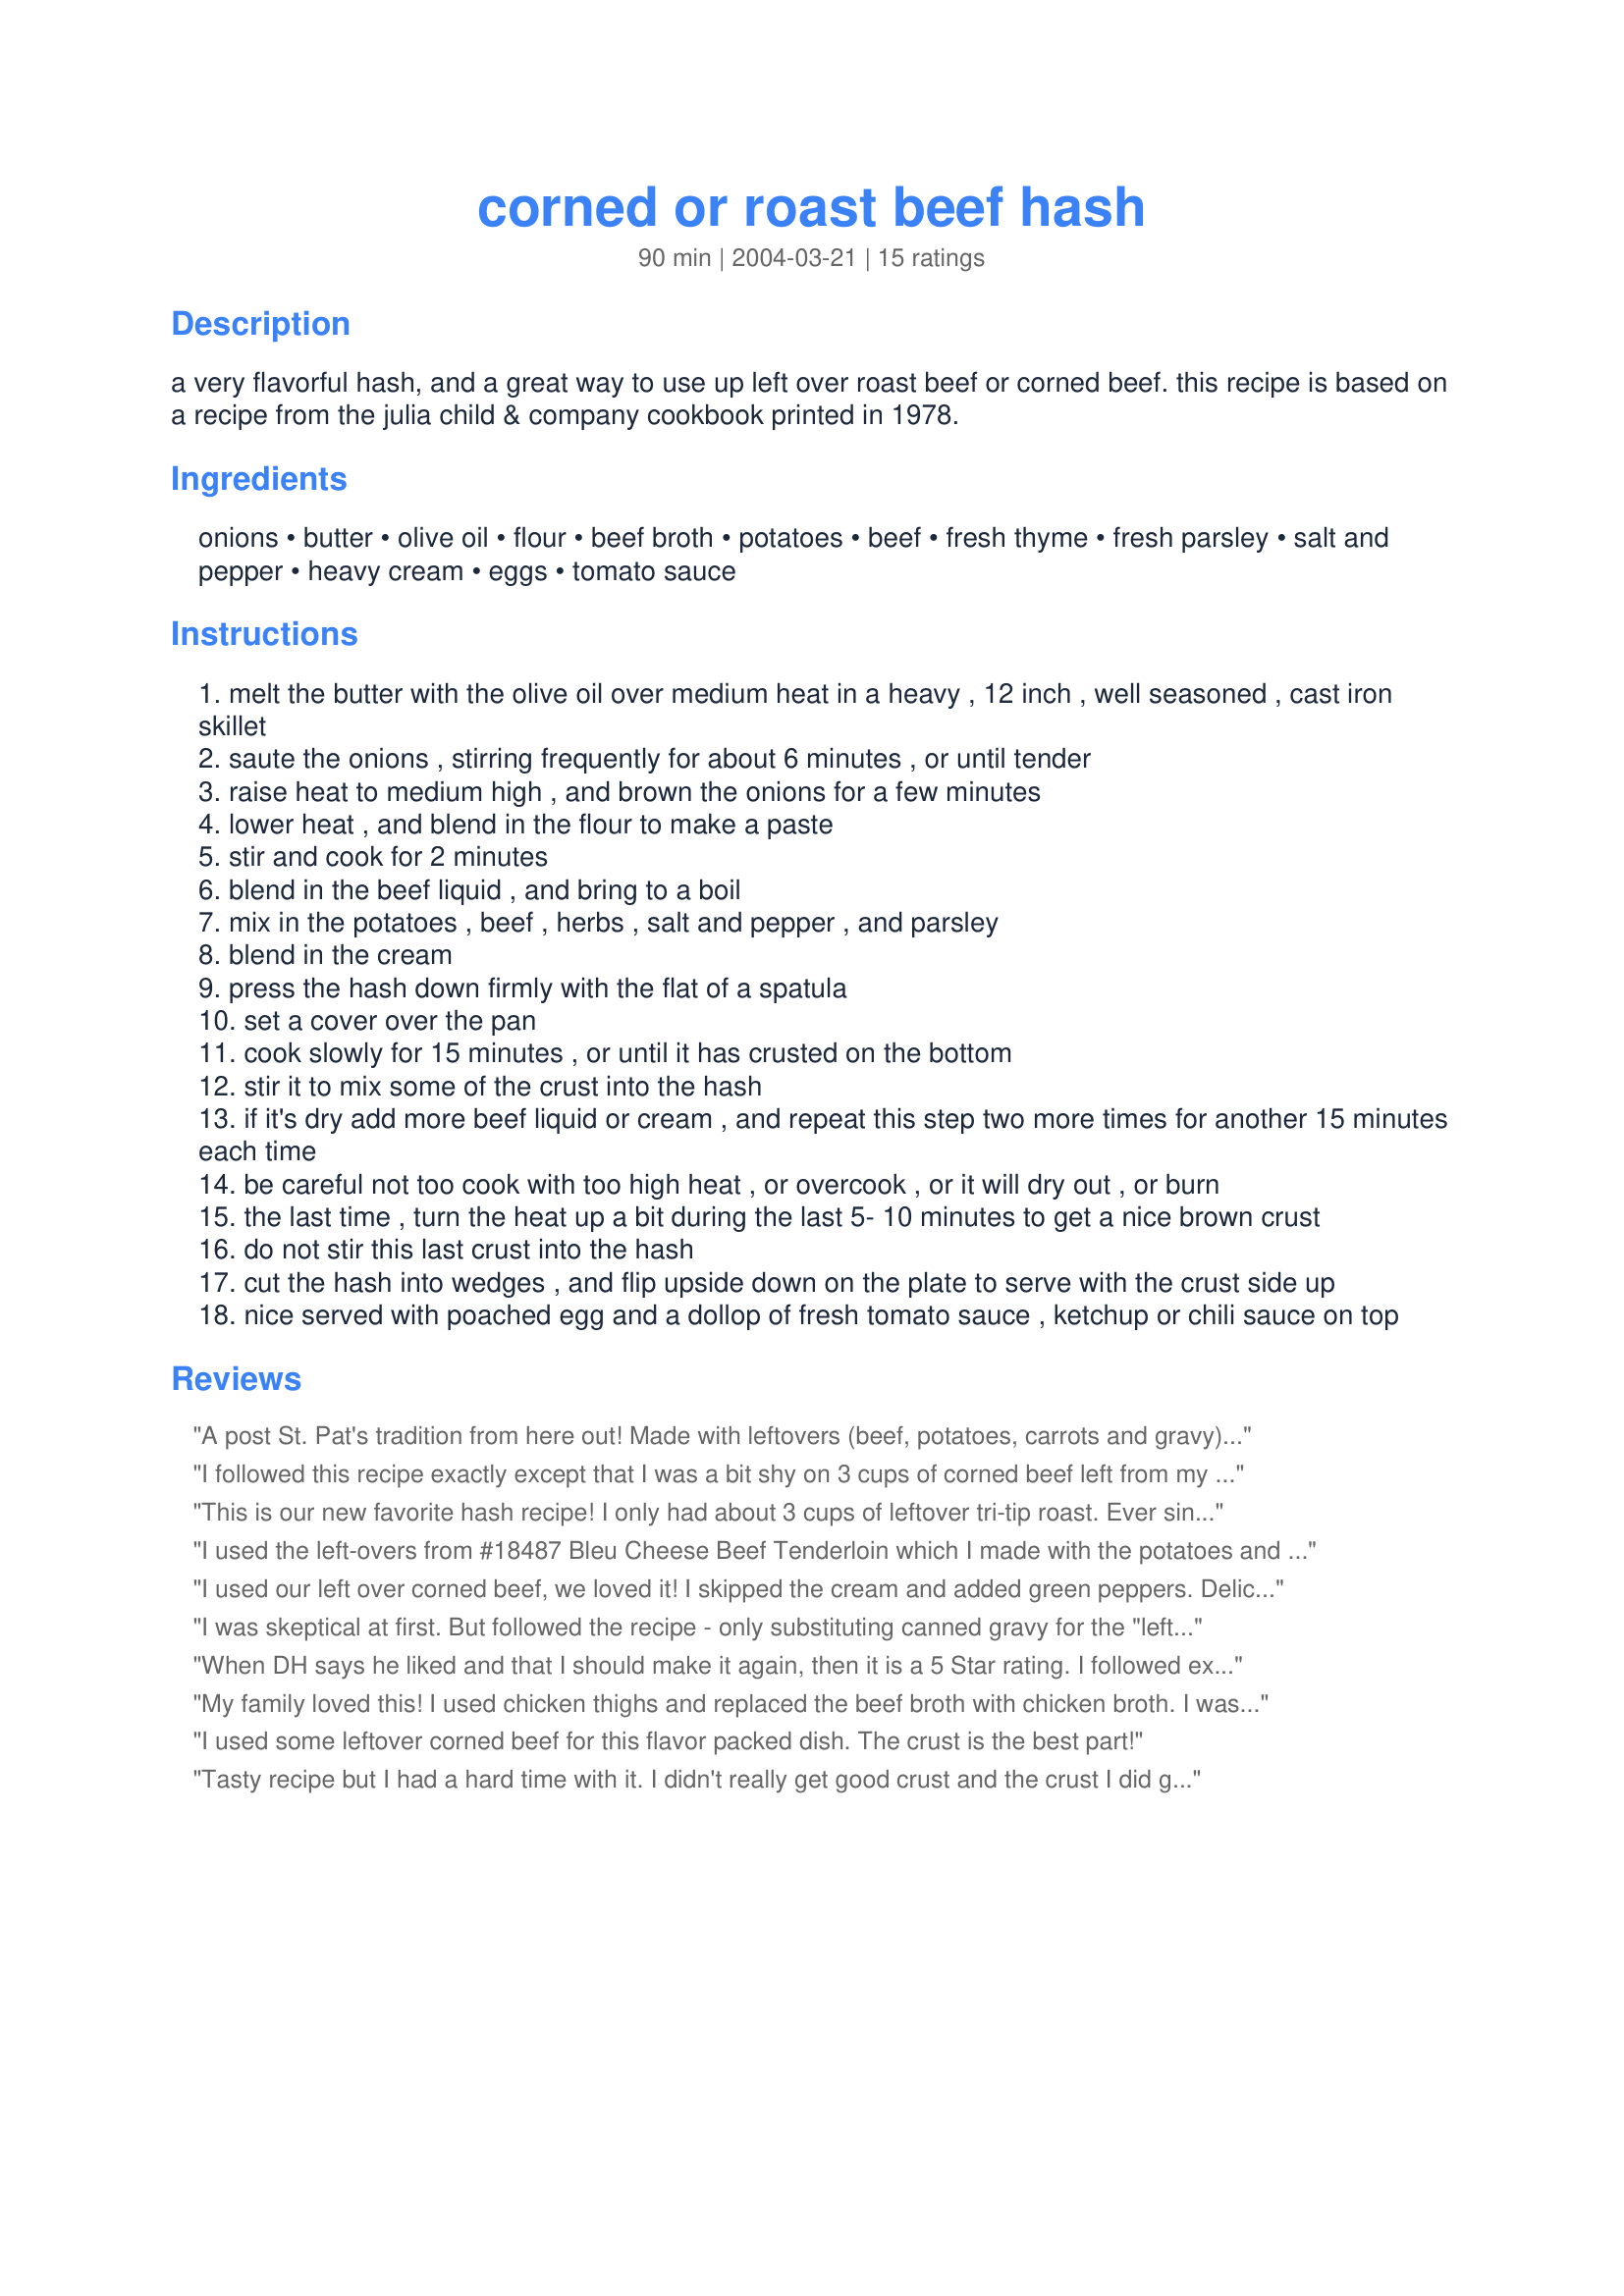
corned or roast beef hash
Preparation time: 90 minutes

a very flavorful hash, and a great way to use up left over roast beef or corned beef. this recipe is based on a recipe from the julia child & company cookbook printed in 1978.

Ingredients:
onions, butter, olive oil, flour, beef broth, potatoes, beef, fresh thyme, fresh parsley, salt and pepper, heavy cream, eggs, tomato sauce

Steps:
melt the butter with the olive oil over medium heat in a heavy , 12 inch , well seasoned , cast iron skillet
saute the onions , stirring frequently for about 6 minutes , or until tender
raise heat to medium high , and brown the onions for a few minutes
lower heat , and blend in the flour to make a paste
stir and cook for 2 minutes
blend in the beef liquid , and bring to a boil
mix in the potatoes , beef , herbs , salt and pepper , and parsley
blend in the cream
press the hash down firmly with the flat of a spatula
set a cover over the pan
cook slowly for 15 minutes , or until it has crusted on the bottom
stir it to mix some of the crust into the hash
if it's dry add more beef liquid or cream , and repeat this step two more times for another 15 minutes each time
be careful not too cook with too high heat , or overcook , or it will dry out , or burn
the last time , turn the heat up a bit during the last 5- 10 minutes to get a nice brown crust
do not stir this last crust into the hash
cut the hash into wedges , and flip upside down on the plate to serve with the crust side up
nice served with poached egg and a dollop of fresh tomato sauce , ketchup or chili sauce on top

Reviews:
A post St. Pat's tradition from here out! Made with leftovers (beef, potatoes, carrots and gravy) from the annual boiled dinner the night before. I started the dish with a sheet of foil and a second skillet pressed on top, but decided that it really needed to dry up a bit so removed the top after about 5 minutes. After it developed the bottom crust I finished it under the broiler (adding eggs on top at the end).
I followed this recipe exactly except that I was a bit shy on 3 cups of corned beef left from my St. Patrick's Dinner. I had no problem with it being dry, for me it was very wet, even after the subscribed cooking time. I decided to put portions into small baking dishes, place an indentation in, place a raw egg, seasno, and bake for 30 minutes at 325. This came out very well and we enjoyed it. The flavor was very tasty, and I'll try this again on the stove top but may start off with less liquid and add more as needed.
This is our new favorite hash recipe! I only had about 3 cups of leftover tri-tip roast. Ever since Rachel Ray taught me the joys of adding parsnip to fried potatoes, I have done so, and this was no exception. To make up for less meat, I added 1 parsnip, sliced thin, and sauted with the onions. The picture I posted looks yellow because I used Yukon Gold potatoes instead of Russets. Otherwise, I followed the recipe closely. The end result was moist and flavorful. For leftover hash, I reheated it in a skillet, recrisping little bits in the process. The third night, it was a bit dry, but the addition of some gravy (McCormick's Homestyle gravy mix), it was still wonderful.
I used the left-overs from #18487 Bleu Cheese Beef Tenderloin which I made with the potatoes and used them and the broth to make this hash. Wow, it is excellent. You've got to try it.
I used our left over corned beef, we loved it!
I skipped the cream and added green peppers.
Delicious way to disguise left overs!
Thank you!
I was skeptical at first. But followed the recipe - only substituting canned gravy for the "leftover". I used my leftover roast from Christmas dinner. The results were served with scrambled eggs and a fruit salad and well received. I let it get really crunchy and then flipped it like a pancake. It was good. The crunchy parts were the best.
When DH says he liked and that I should make it again, then it is a 5 Star rating. I followed exactly and it was not too dry or too wet. I would never had thought to make hash this way and was surprised that it turned out so well.
My family loved this! I used chicken thighs and replaced the beef broth with chicken broth. I was skeptical about whether or not it would get crispy, but it did! I'm looking forward to using this recipe with beef and corned beef. Thank you for sharing it!
I used some leftover corned beef for this flavor packed dish. The crust is the best part!
Tasty recipe but I had a hard time with it. I didn't really get good crust and the crust I did get stuck to the pan vs. being able to scrape it up into the dish. I used some leftover prime rib and beef broth. Made it "as is" and tasted good but it didn't have very good looks. All operator error I'm sure.
I followed the recipe as printed and it crisped nicely and was tasty. Not sure if I would make it again. My husband really, really liked it.
First time that I've made Corned Beef Hash, we loved the crust! I like anything of Julia Child's!
PanNan, how wonderful and flavorful! I loved it! Cooked it just as posted, which is a first for me! The only thing I did was just use oregano and parsley and added some crushed red pepper flakes for more of a kick! I have always liked the hash they served at diners but this was truly awesome! Thanks you so much for posting, Diane :)
This was very good. I used my leftover pot roast and potatoes. Like Gina I was skeptical if it was going to get crispy, after adding all the liquids it turns into a very thick gravy. But it all evaporates and forms the crust and is very good!
This was the perfect way to serve up my leftover roast beef. I made it exactly as directed (minus the poached eggs), we all loved it, and will certainly have it again. Thanks for bringing it to my attention :-)
